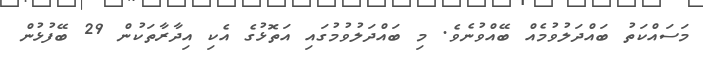
މަސައްކަތު ބައްދަލުވުމެއް ބޭއްވުނެވެ. މި ބައްދަލުވުމުގައި އަތޮޅުގެ އެކި އިދާރާތަކުން 29 ބޭފުޅުން